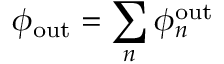
\phi _ { \mathrm { o u t } } = \sum _ { n } \phi _ { n } ^ { \mathrm { o u t } }